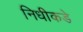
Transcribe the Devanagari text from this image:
निधीकडे